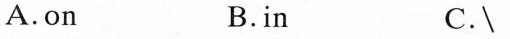
A.on B.in C.\